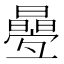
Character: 㬪